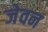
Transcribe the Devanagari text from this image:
जेवन